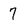
Character: 7